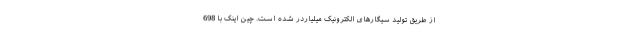
از طریق تولید سیگارهای الکترونیک میلیاردر شده است. چین اینک با 698